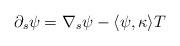
\begin{align*}\partial_s \psi=\nabla_{s} \psi -\langle \psi, \kappa\rangle T \end{align*}